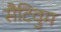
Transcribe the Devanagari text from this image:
सैटिवुम